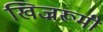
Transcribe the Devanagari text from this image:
खिज्ररूमी